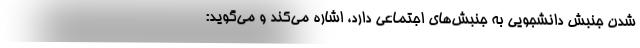
شدن جنبش دانشجویی به جنبش‌های اجتماعی دارد، اشاره می‌کند و می‌گوید: